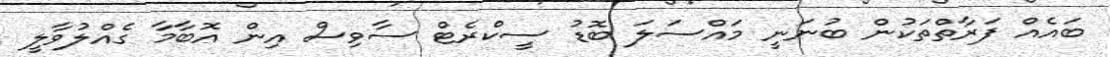
ބައެއް ފަރާތްތަކުން ބުނަނީ މައްސަލަ ބޮޑު ސީކްރެޓް ސާވިސް އިން އޮބާމާ ގެއްލުވާލީ